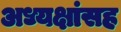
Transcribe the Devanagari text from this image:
अध्यक्षांसह